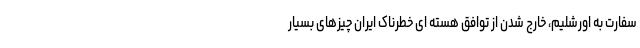
سفارت به اورشلیم، خارج شدن از توافق هسته ای خطرناک ایران چیزهای بسیار